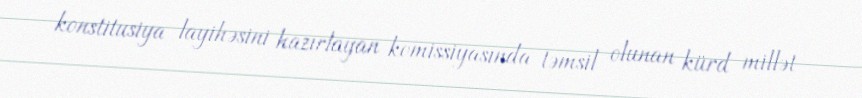
konstitusiya layihəsini hazırlayan komissiyasında təmsil olunan kürd millət